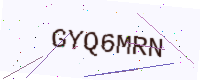
Text: GYQ6MRN